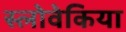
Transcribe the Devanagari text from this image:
स्लोवेकिया